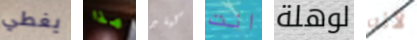
يغطي هذا كيلير انت لوهلة لأنه